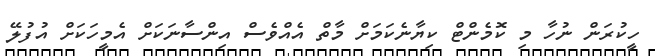
ހީކުރަން ނުހާ މި ކޮމެންޓް ކިޔާނެކަމަށް މާތް އެއްވެސް އިންސާނަކަށް އެމީހަކަށް އުފުލޭ